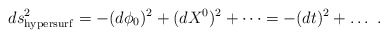
\begin{align*}ds^2_{\rm hypersurf} = -(d\phi_0)^2 + (dX^0)^2 + \dots = - (dt)^2 + \dots~.\end{align*}